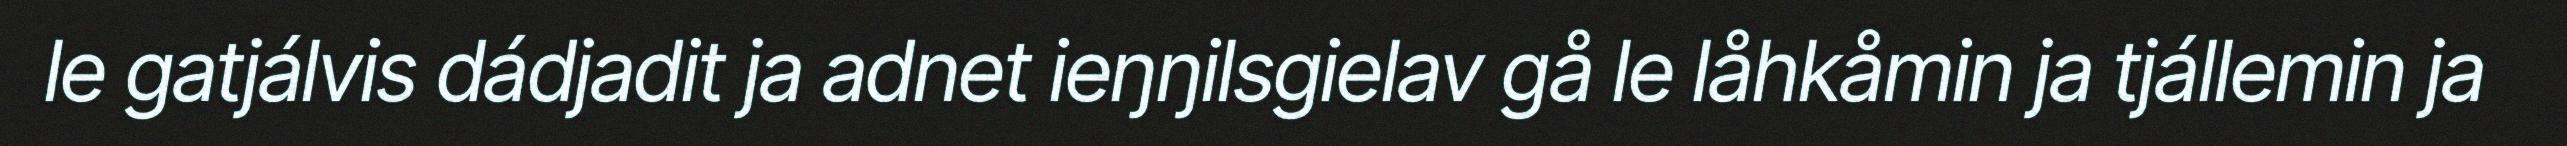
le gatjálvis dádjadit ja adnet ieŋŋilsgielav gå le låhkåmin ja tjállemin ja